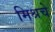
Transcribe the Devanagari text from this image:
मिश्रचे